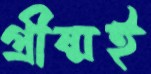
গ্রীষ্মই